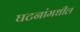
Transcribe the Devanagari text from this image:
घटनांमधील